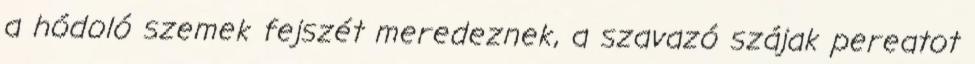
a hódoló szemek fejszét meredeznek, a szavazó szájak pereatot